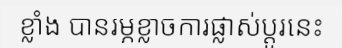
ខ្លាំង បានរម្ភខ្លាចការផ្លាស់ប្តូរនេះ